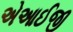
એઆઈજી